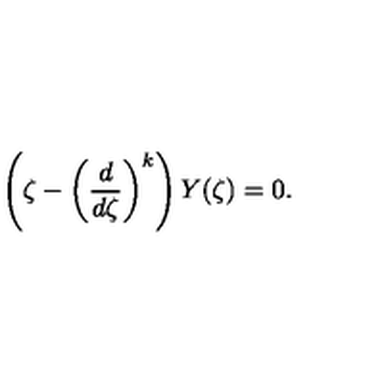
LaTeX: \left( \zeta - \left( \frac { d } { d \zeta } \right) ^ { k } \right) Y ( \zeta ) = 0 .